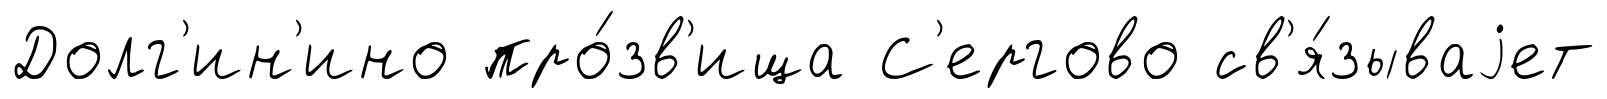
Долг'ин'ино про́зв'ища С'ергово св'я́зываjет